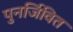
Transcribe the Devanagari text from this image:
पुनर्जिवित